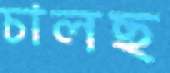
চালছ